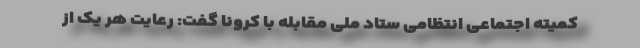
کمیته اجتماعی انتظامی ستاد ملی مقابله با کرونا گفت: رعایت هر یک از